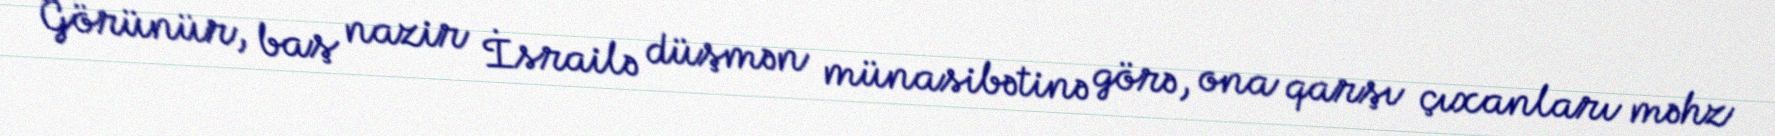
Görünür, baş nazir İsrailə düşmən münasibətinə görə, ona qarşı çıxanları məhz